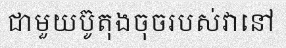
ជាមួយប៊ូតុងចុចរបស់វានៅ